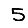
Digit: 5